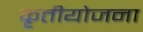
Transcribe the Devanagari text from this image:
कृतीयोजना